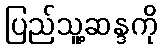
ပြည်သူ့ဆန္ဒကို